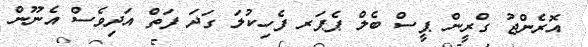
އޮރެންޖު ގްރީން ޕީސް ބެލް ޕެޕަރ ފެހިކުލަ ގަދަ ފަތް އަދިވެސް އެނޫން